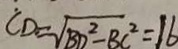
C D = \sqrt { B D ^ { 2 } - B C ^ { 2 } } = 1 6